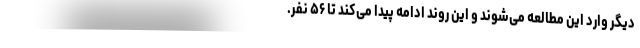
دیگر وارد این مطالعه می‌شوند و این روند ادامه پیدا می‌کند تا ۵۶ نفر.